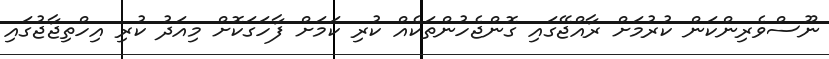
ނޫސްވެރިންކަން ކުރުމަށް ރާއްޖޭގައި ގޮންޖެހުންތަކެއް ކުރި ކަމަށް ފާހަގަކޮށް މިއަދު ކުރި އިހްތިޖާޖުގައި